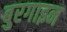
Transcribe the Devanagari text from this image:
बुरगाइन